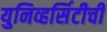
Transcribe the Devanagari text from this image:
युनिव्हर्सिटीची